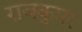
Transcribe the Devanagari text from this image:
राजकुमर